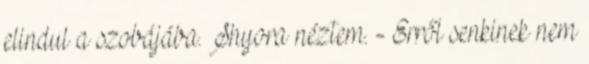
elindul a szobájába. Shyora néztem. - Erről senkinek nem